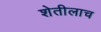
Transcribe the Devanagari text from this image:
शेतीलाच